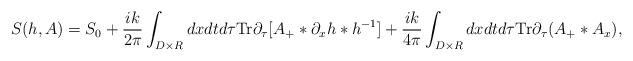
LaTeX: \begin{align*}S(h, A)=S_0+\frac{ik}{2\pi}\int_{D\times R}dxdtd\tau \mbox{Tr}\partial_{\tau}[A_{+}*\partial_xh*h^{-1}]+\frac{ik}{4\pi}\int_{D\times R}dxdtd\tau\mbox{Tr}\partial_{\tau}(A_{+}*A_x),\end{align*}